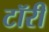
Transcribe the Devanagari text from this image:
टॉरी